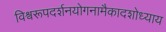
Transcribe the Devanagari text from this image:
विश्वरूपदर्शनयोगनामैकादशोध्याय